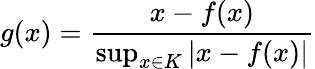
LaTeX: g(x)={\frac{x-f(x)}{\operatorname*{sup}_{x\in K}\left|x-f(x)\right|}}